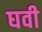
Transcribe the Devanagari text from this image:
घवी